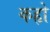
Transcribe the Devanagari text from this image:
कहृो